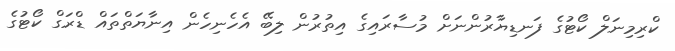
ކްރިމިނަލް ކޯޓުގެ ފަނޑިޔާރުންނަށް މުސާރައިގެ އިތުރުން ލިބޭ އެހެނިހެން އިނާޔަތްތައް ޑްރަގް ކޯޓުގެ